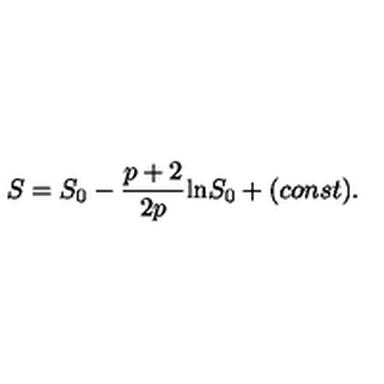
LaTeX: S = S _ { 0 } - \frac { p + 2 } { 2 p } \mathrm { l n } S _ { 0 } + ( c o n s t ) .